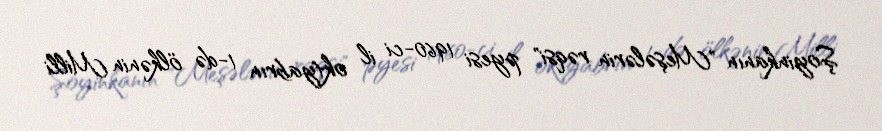
Şoyinkanın "Meşələrin rəqsi" pyesi 1960-ci il oktyabrın 1-də ölkənin Milli